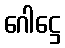
ဂေါဋ္ဌေ